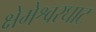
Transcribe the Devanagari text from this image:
क्षेमेश्वरघाट